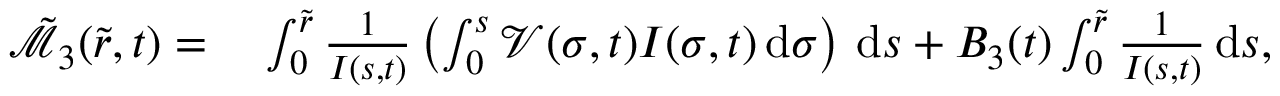
\begin{array} { r l } { \tilde { \mathcal { M } } _ { 3 } ( \tilde { r } , t ) = } & { \; \int _ { 0 } ^ { \tilde { r } } \frac { 1 } { I ( s , t ) } \left( \int _ { 0 } ^ { s } \mathcal { V } ( \sigma , t ) I ( \sigma , t ) \, \mathrm { d } \sigma \right) \, \mathrm { d } s + B _ { 3 } ( t ) \int _ { 0 } ^ { \tilde { r } } \frac { 1 } { I ( s , t ) } \, \mathrm { d } s , } \end{array}